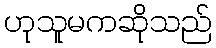
ဟုသူမကဆိုသည်